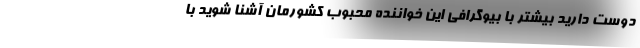
دوست دارید بیشتر با بیوگرافی این خواننده محبوب کشورمان آشنا شوید با